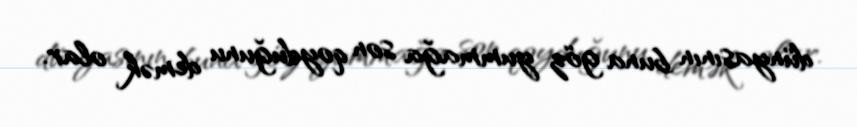
dünyasının buna göz yummağa son qoyduğunu demək olar.